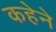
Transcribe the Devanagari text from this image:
कहेने